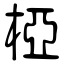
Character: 椏